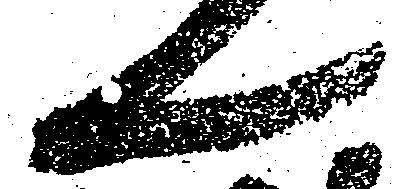
ん